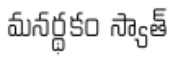
మనర్థకం స్యాత్